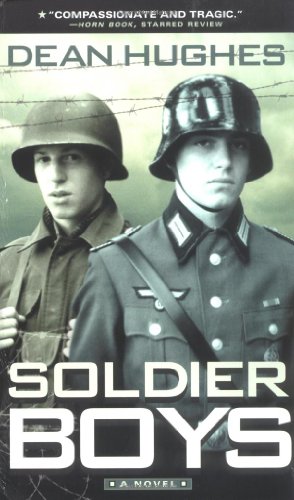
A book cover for Soldier Boys; Dean Hughes; Teen & Young Adult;